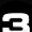
Digit: 3